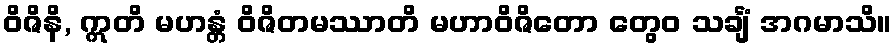
ဝိဇိနိ, ဣတိ မဟန္တံ ဝိဇိတမဿာတိ မဟာဝိဇိတော တွေဝ သင်္ချံ အဂမာသိ။